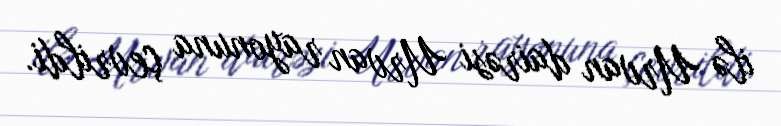
ilə Urvan dairəsi Urvan rayonuna çevrildi.